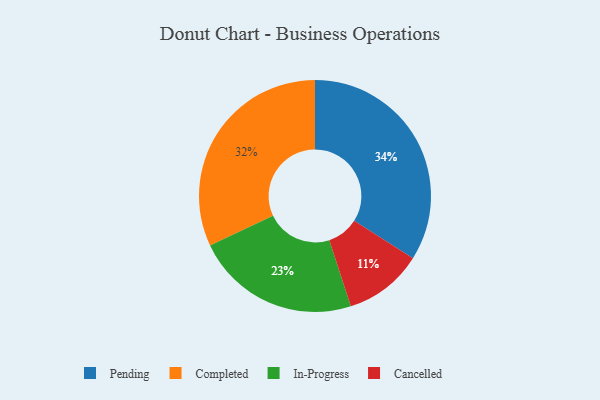
{"axis": {"x": "Category", "y": "Percentage"}, "legend": ["Cancelled", "Completed", "In-Progress", "Pending"], "data": [{"x": "Cancelled", "y": 11, "type": "Cancelled"}, {"x": "Completed", "y": 32, "type": "Completed"}, {"x": "Pending", "y": 34, "type": "Pending"}, {"x": "In-Progress", "y": 23, "type": "In-Progress"}]}